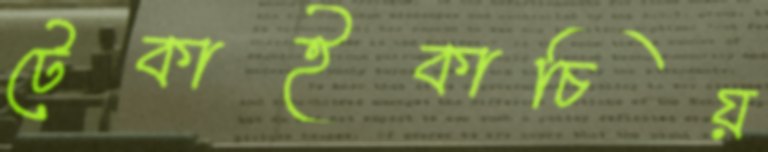
টেকাইকাচিয়